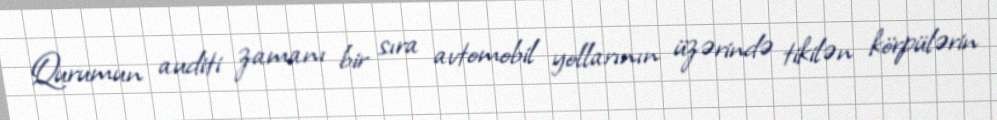
Qurumun auditi zamanı bir sıra avtomobil yollarının üzərində tikilən körpülərin